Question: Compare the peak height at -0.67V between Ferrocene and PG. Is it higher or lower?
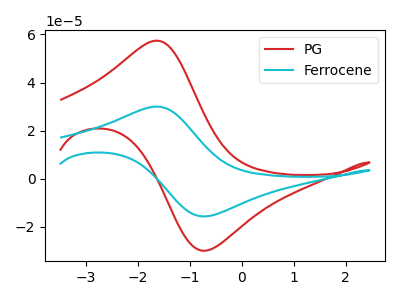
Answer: <think>The red curve "PG" has an anodic peak at (-1.65V, 57.40uA) and a cathodic peak at (-0.65V, -29.85uA). The cyan curve "Ferrocene" has an anodic peak at (-1.65V, 30.00uA) and a cathodic peak at (-0.65V, -15.60uA).</think>
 <answer>The peak at -0.67V is lower in "Ferrocene" than in "PG".</answer>
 <eval>lower</eval>